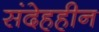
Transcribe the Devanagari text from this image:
संदेहहीन